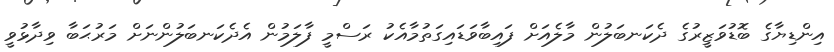
އިންޑިޔާގެ ބޮޑުވަޒީރުގެ ދެކަނބަލުން މާލެއަށް ފައިބާވަޑައިގަތުމާއެކު ރަސްމީ ފާލަމުން އެދެކަނބަލުންނަށް މަރުޙަބާ ވިދާޅުވީ